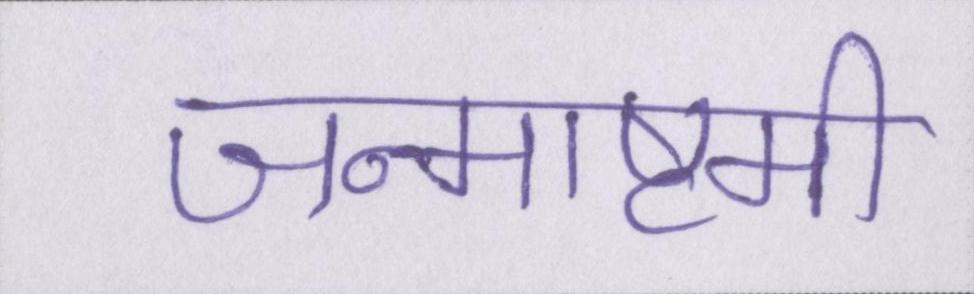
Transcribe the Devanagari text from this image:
जन्माष्टमी